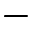
-